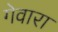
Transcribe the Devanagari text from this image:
गेवारा